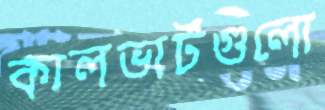
কালভার্টগুলো